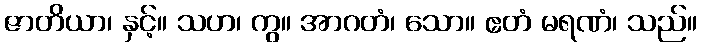
ဇာတိယာ၊ နှင့်။ သဟ၊ ကွ။ အာဂတံ၊ သော။ ဧတံ မရဏံ၊ သည်။